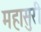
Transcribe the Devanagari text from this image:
महासुरी